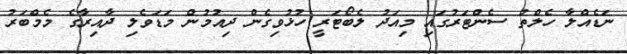
ނަޑެއްލާ ހެލްތު ސެންޓަރުގައި މިއަދު ލެބޯޓަރީ ހުޅުވިގެން ދިއުމުން މަޑަވެލި ދާއިރާގެ މެމްބަރު